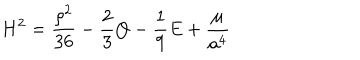
H ^ { 2 } = \frac { \rho ^ { 2 } } { 3 6 } - \frac { 2 } { 3 } Q - \frac { 1 } { 9 } E + \frac { \cal \mu } { a ^ { 4 } }